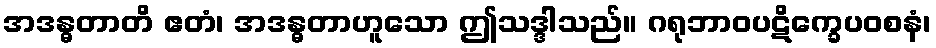
အဒန္ဓတာတိ ဧတံ၊ အဒန္ဓတာဟူသော ဤသဒ္ဒါသည်။ ဂရုဘာဝပဋိက္ခေပဝစနံ၊